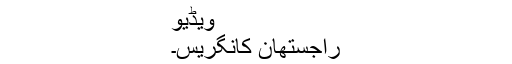
ویڈیو
راجستھان کانگریس۔